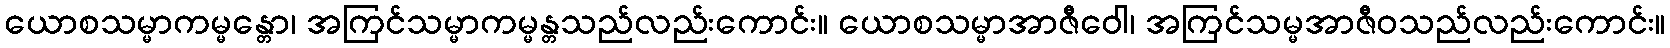
ယောစသမ္မာကမ္မန္တော၊ အကြင်သမ္မာကမ္မန္တသည်လည်းကောင်း။ ယောစသမ္မာအာဇီဝေါ၊ အကြင်သမ္မအာဇီဝသည်လည်းကောင်း။